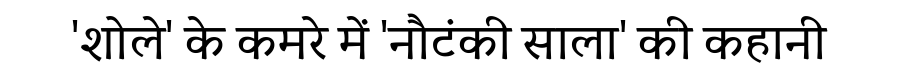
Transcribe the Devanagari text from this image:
'शोले' के कमरे में 'नौटंकी साला' की कहानी